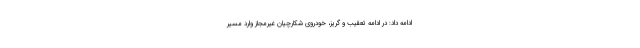
ادامه داد: در ادامه تعقیب و گریز، خودروی شکارچیان غیرمجاز وارد مسیر